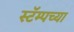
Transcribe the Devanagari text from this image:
स्टॅम्पच्या